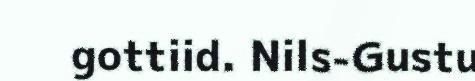
gottiid. Nils-Gustu